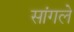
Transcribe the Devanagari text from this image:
सांगले